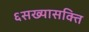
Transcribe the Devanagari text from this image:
६सख्यासक्ति